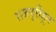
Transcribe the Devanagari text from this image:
राजपुरीहून